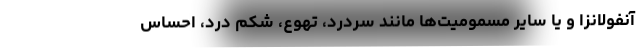
آنفولانزا و یا سایر مسمومیت‌ها مانند سردرد، تهوع، شکم درد، احساس